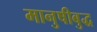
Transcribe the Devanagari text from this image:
मानुषीबुद्ध